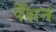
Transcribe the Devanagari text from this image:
पेँशन